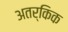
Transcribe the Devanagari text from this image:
अतर्किक